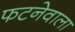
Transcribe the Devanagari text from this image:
फटनेवाला